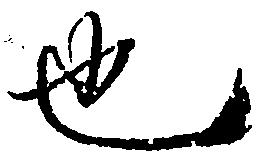
也